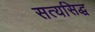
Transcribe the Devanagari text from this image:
सत्यसिद्ध